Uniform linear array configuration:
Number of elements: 12
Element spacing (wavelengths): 1
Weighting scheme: hamming
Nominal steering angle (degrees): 45
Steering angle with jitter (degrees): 43.958
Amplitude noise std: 0.05
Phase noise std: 0.05

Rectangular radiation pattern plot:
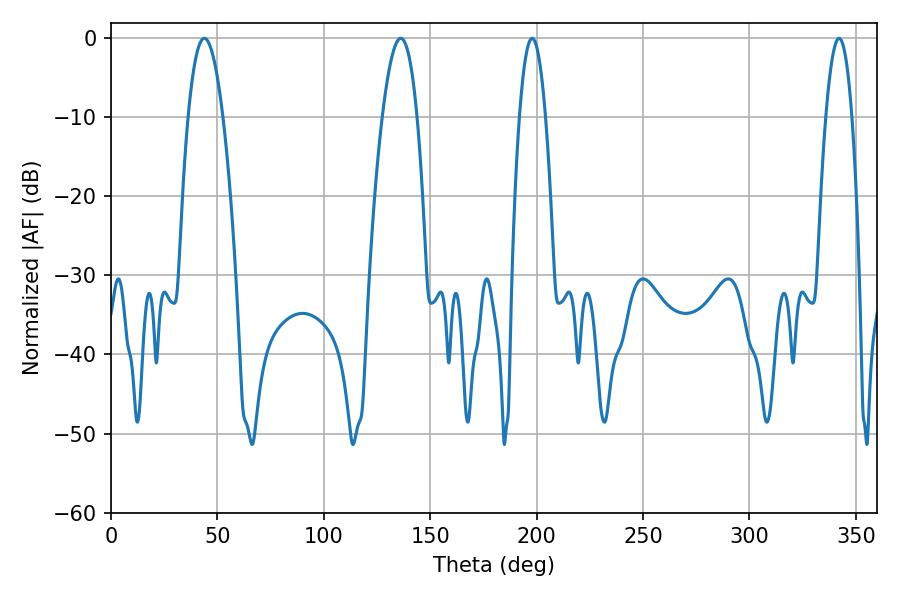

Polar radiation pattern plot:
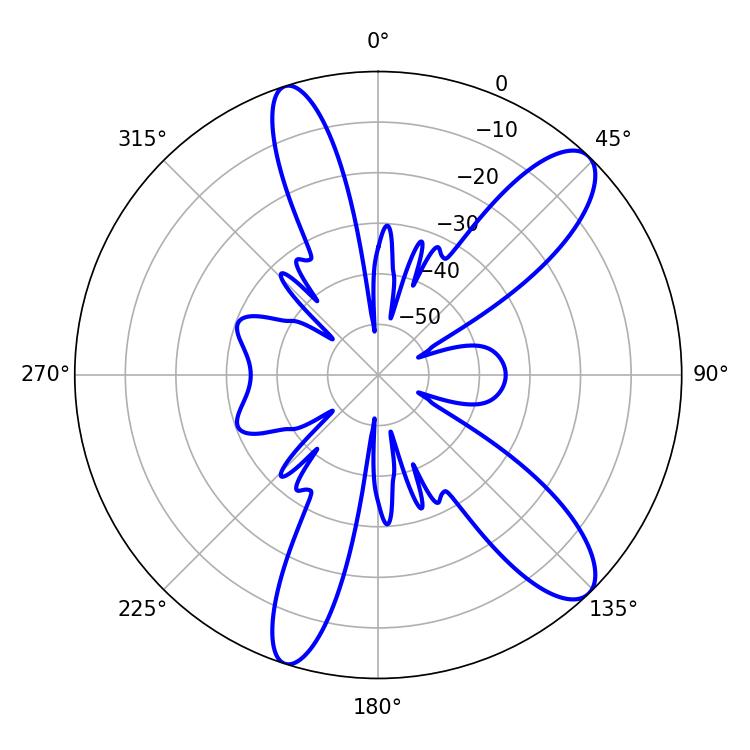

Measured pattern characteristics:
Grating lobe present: TRUE
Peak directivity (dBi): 11.083
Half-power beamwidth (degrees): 9
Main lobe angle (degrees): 136.08